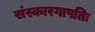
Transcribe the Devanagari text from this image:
संस्कारगापतिः